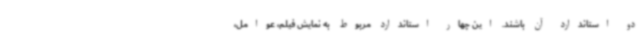
دو استاندارد آن باشند. این چهار استاندارد مربوط به نمایش فیلم، عوامل،